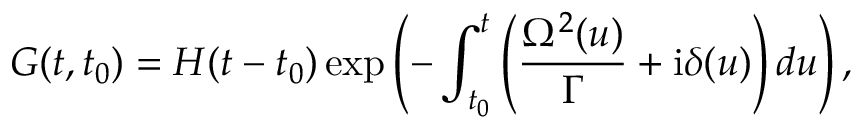
G ( t , t _ { 0 } ) = H ( t - t _ { 0 } ) \exp \left( - \int _ { t _ { 0 } } ^ { t } \left( \frac { \Omega ^ { 2 } ( u ) } { \Gamma } + \mathrm { i } \delta ( u ) \right) d u \right) ,